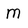
Character: m